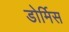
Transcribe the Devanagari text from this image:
डोर्मिस